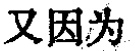
又因为